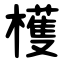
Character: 檴